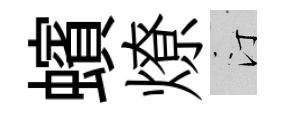
蠙燎汀